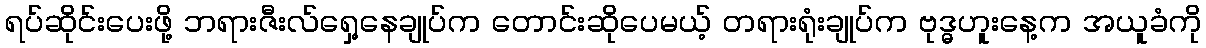
ရပ်ဆိုင်းပေးဖို့ ဘရားဇီးလ်ရှေ့နေချုပ်က တောင်းဆိုပေမယ့် တရားရုံးချုပ်က ဗုဒ္ဓဟူးနေ့က အယူခံကို